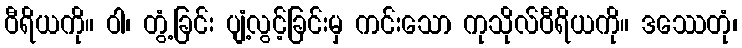
ဝီရိယကို။ ဝါ၊ တွံ့ခြင်း ပျံ့လွင့်ခြင်းမှ ကင်းသော ကုသိုလ်ဝီရိယကို။ ဒဿေတုံ၊